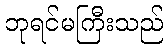
ဘုရင်မကြီးသည်